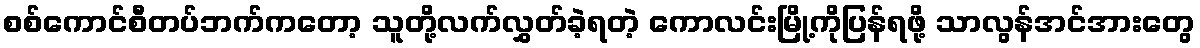
စစ်ကောင်စီတပ်ဘက်ကတော့ သူတို့လက်လွှတ်ခဲ့ရတဲ့ ကောလင်းမြို့ကိုပြန်ရဖို့ သာလွန်အင်အားတွေ